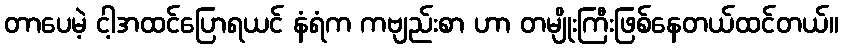
တာပေမဲ့ ငါ့အထင်ပြောရယင် နံရံက ကဗျည်းစာ ဟာ တမျိုးကြီးဖြစ်နေတယ်ထင်တယ်။